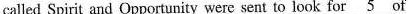
called Spirit and Opportunity were sent to look for \underline{5} of